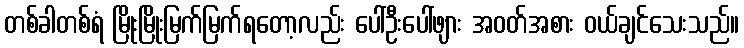
တစ်ခါတစ်ရံ မြိုးမြိုးမြက်မြက်ရတော့လည်း ပေါ်ဦးပေါ်ဖျား အဝတ်အစား ဝယ်ချင်သေးသည်။